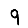
Digit: 9